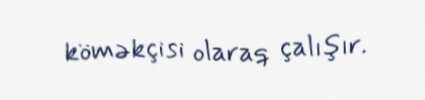
köməkçisi olaraq çalışır.